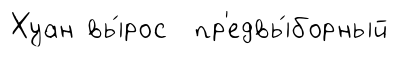
Хуан вы́рос пр'едвы́борный